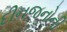
દીનજનોની